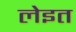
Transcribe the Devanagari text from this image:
लेइत